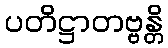
ပတိဋ္ဌာတဗ္ဗန္တိ